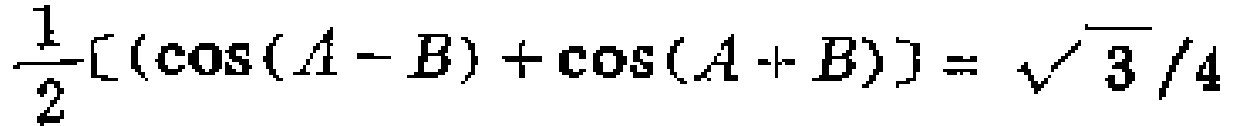
$\frac{1}{2}[(\cos(A - B)+\cos(A + B)] = \sqrt{3}/4$